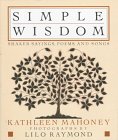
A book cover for Simple Wisdom: Shaker Sayings, Poems, and Songs; Kathleen Mahoney; Christian Books & Bibles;